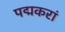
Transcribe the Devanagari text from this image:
पद्मकरां